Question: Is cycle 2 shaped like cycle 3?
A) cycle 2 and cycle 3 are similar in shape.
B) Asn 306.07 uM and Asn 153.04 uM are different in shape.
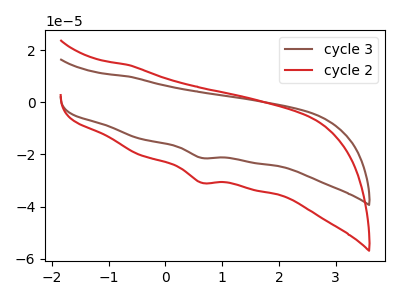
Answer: <think>The brown curve "cycle 3" has a cathodic peak at: (0.65V, -21.30uA). The red curve "cycle 2" has a cathodic peak at: (0.65V, -30.80uA).
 All the peaks in "cycle 2" have a peak in "cycle 3" at the same potential. Every peak in "cycle 2" is higher than every peak in "cycle 3".</think>
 <answer>A) "cycle 2" and "cycle 3" are similar in shape.</answer>
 <eval>A</eval>